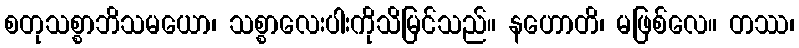
စတုသစ္စာဘိသမယော၊ သစ္စာလေးပါးကိုသိမြင်သည်။ နဟောတိ၊ မဖြစ်လေ။ တဿ၊